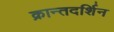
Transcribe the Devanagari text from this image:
क्रान्तदर्शिन